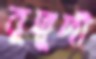
বুদ্বুদী